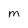
Character: M